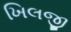
ખિલજી